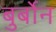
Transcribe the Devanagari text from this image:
बुर्बोन